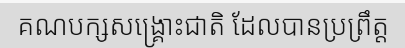
គណបក្សសង្គ្រោះជាតិ ដែលបានប្រព្រឹត្ត